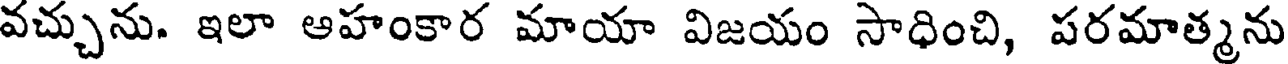
వచ్చును. ఇలా ఆహంకార మాయా విజయం సాధించి, పరమాత్మను